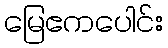
မြေဧကပေါင်း